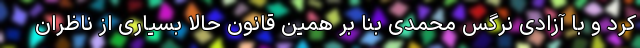
کرد و با آزادی نرگس محمدی بنا بر همین قانون حالا بسیاری از ناظران